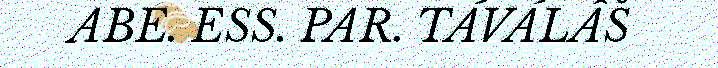
ABE. ESS. PAR. TÁVÁLÂŠ